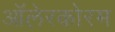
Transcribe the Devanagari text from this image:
ऑलेरकोरम